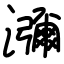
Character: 瀰